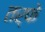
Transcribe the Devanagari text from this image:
तर्फेे